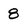
Character: 8